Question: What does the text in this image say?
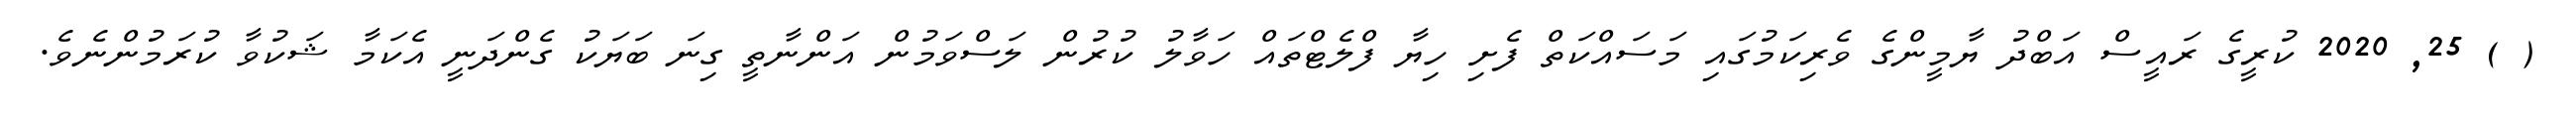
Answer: ( ) 25, 2020 ކުރީގެ ރައީސް އަބްދު ޔާމީންގެ ވެރިކަމުގައި މަސައްކަތް ފެށި ހިޔާ ފްލެޓްތައް ހަވާލު ކުރުން ލަސްވަމުން އަންނާތީ ގިނަ ބަޔަކު ގެންދަނީ އެކަމާ ޝަކުވާ ކުރަމުންނެވެ.